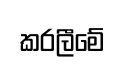
කරලීමේ